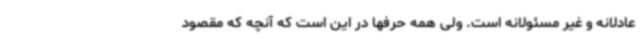
عادلانه و غیر مسئولانه است. ولی همه حرفها در این است که آنچه که مقصود